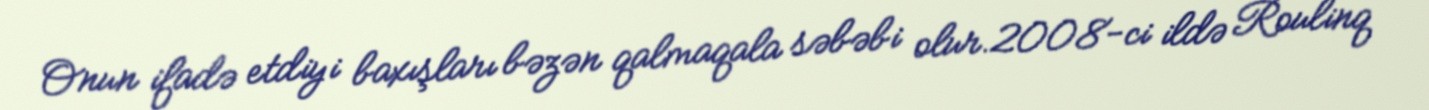
Onun ifadə etdiyi baxışları bəzən qalmaqala səbəbi olur.2008-ci ildə Roulinq